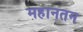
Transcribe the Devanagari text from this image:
महानतन